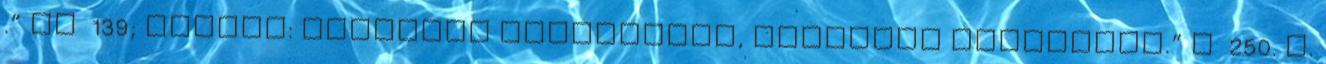
.” II 139; Biblia: „Busmant vetettetek, konkolyt arattatok.” I 250. m.